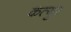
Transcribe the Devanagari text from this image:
कत्युर